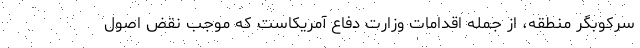
سرکوبگر منطقه، از جمله اقدامات وزارت دفاع آمریکاست که موجب نقض اصول